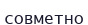
совметно